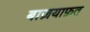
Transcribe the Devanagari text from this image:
बाज़याफ़त